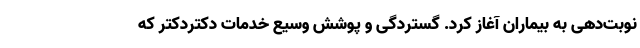
نوبت‌دهی به بیماران آغاز کرد. گستردگی و پوشش وسیع خدمات دکتردکتر که